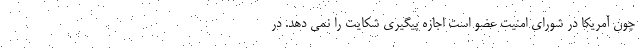
چون آمریکا در شورای امنیت عضو است اجازه پیگیری شکایت را نمی دهد. در